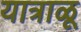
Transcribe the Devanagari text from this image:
यात्राळू